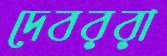
দেবররা